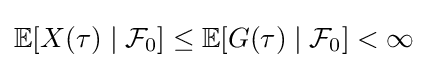
\mathbb {E} [X(\tau )\mid {\mathcal {F}}_{0}]\leq \mathbb {E} [G(\tau )\mid {\mathcal {F}}_{0}]<\infty